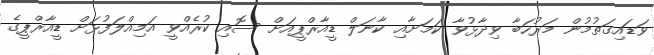
ވަޑައިގަތުމުން މަރުހަބާ ވިދާޅުވާ ކަމަށާއި ކާނަލް ޑީއާރްޕީއަށް ސޮއި ކުރެއްވީ އަމިއްލަފުޅަށް ޑީއާރްޕީގެ